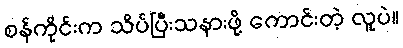
စန်ကိုင်းက သိပ်ပြီးသနားဖို့ ကောင်းတဲ့ လူပဲ။